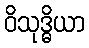
ဝိသုဒ္ဓိယာ